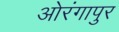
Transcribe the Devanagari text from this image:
ओरंगापुर